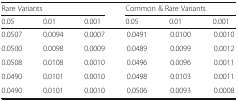
| <COLSPAN=3> Rare Variants | <COLSPAN=3> Common & Rare Variants |
 | 0.05 | 0.01 | 0.001 | 0.05 | 0.01 | 0.001 |
 | --- | --- | --- | --- | --- | --- |
 | 0.0507 | 0.0094 | 0.0007 | 0.0491 | 0.0100 | 0.0010 |
 | 0.0500 | 0.0098 | 0.0009 | 0.0489 | 0.0099 | 0.0012 |
 | 0.0508 | 0.0108 | 0.0010 | 0.0496 | 0.0096 | 0.0011 |
 | 0.0490 | 0.0101 | 0.0010 | 0.0498 | 0.0103 | 0.0011 |
 | 0.0490 | 0.0101 | 0.0010 | 0.0506 | 0.0093 | 0.0008 |